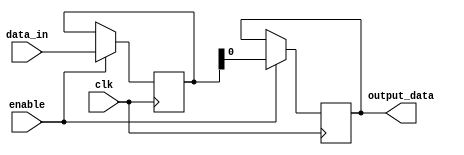
module IO_Block_ECL_buffer (
    input        clk,
    input        [3:0] data_in,
    input        enable,
    output reg   output_data,
);

reg [3:0] input_data;

// Input stage with ECL logic levels
always @ (posedge clk) begin
    if (enable) begin
        input_data <= data_in;
    end
end

// Input impedance matching
assign input_data = input_data;

// High-speed output stage
always @ (posedge clk) begin
    if (enable) begin
        output_data <= input_data;
    end
end

endmodule